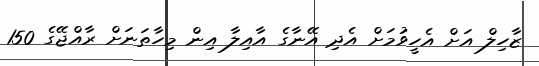
ޒާހިލް އަށް އެހީވުމަށް އެދި އޭނާގެ އާއިލާ އިން މިހާތަނަށް ރާއްޖޭގެ 150